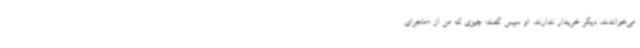
می‌خواندند، دیگر خریدار ندارند. او سپس گفت: چیزی که من از «ماجرای